Annual report of the Civil Veterinary Department, Bengal, for the year 1897-98 - 1897-1898
Year: 1897
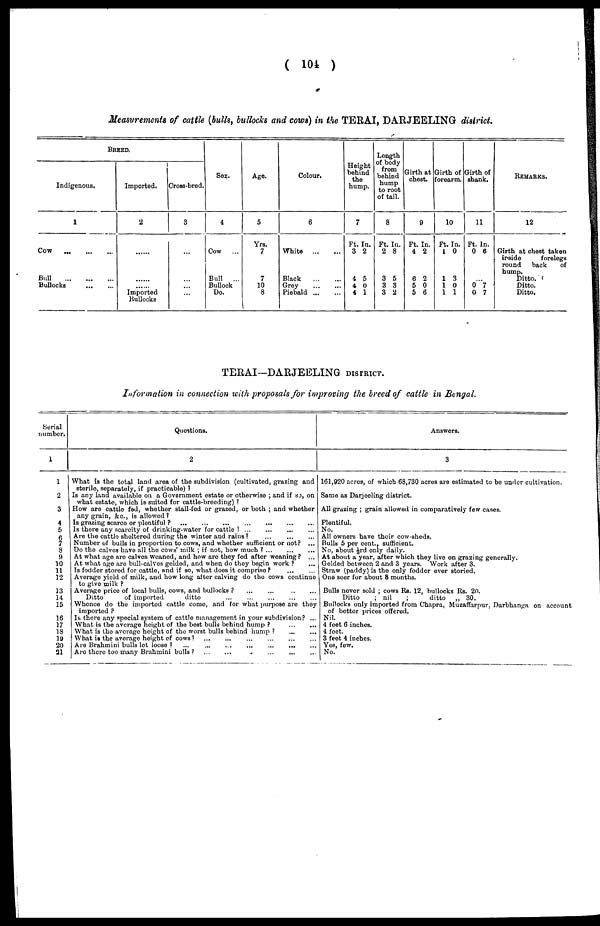
(104)
Measurements of cattle (bulls, hillocks and cows) in the TERAI, DARJEELING district.
BREED.
Indigenous,
1
Cow
...
...
...
Bull
...
...
...
Bullocks
...
...
Imported.
2
......
......
...... Imported
Bullocks
Cross-bred.
3
...
...
...
...
Sex.
4
Cow ...
Bull
...
Bullock
Do.
Age.
5
Yrs.
7
7
10
8
Colour.
6
White
...
...
Black
...
...
Grey ... ...
Piebald
...
...
Height
behind
the
hump.
7
Ft. In.
3 2
4 5
4 0
4 1
Length
of body
from
behind
hump
to root
of tail.
8
Ft. In.
2 8
3 5
3 3
3 2
Girth at
chest.
9
Ft. In.
4 2
6 2
5 0
5 6
Girth of
forearm.
10
Ft. In.
1 0
1 3
1 0
1 1
Girth of
shank.
11
Ft. In.
0 6
... 0 7
0 7
REMARKS.
12
Girth at chest taken
inside
forelegs
round
back
of
hump.
Ditto.
Ditto.
Ditto.
TERAI-DARJEELING DISTRICT.
Information in connection with proposals for improving the breed of cattle in Bengal.
Serial
number.
1
1
2
3
4
5
6
7
8
9
10
11
12
13
14
15
16
17
18
19
20
21
Questions.
2
What is the total land area of the subdivision (cultivated, grazing and
sterile, separately, if practicable)?
Is any land available on a Government estate or otherwise; and if so, on
what estate, which is suited for cattle-breeding)?
How are cattle fed, whether stall-fed or grazed, or both; and whether
any grain, &c., is allowed?
Is grazing scarce or plentiful?
...
...
...
...
...
...
Is there any scarcity of drinking-water for cattle? ... ... ... ...
Are the cattle sheltered during the winter and rains?
...
...
...
Number of bulls in proportion to cows, and whether sufficient or not? ...
Do the calves have all the cows' milk; if not, how much?
...
...
...
At what age are calves weaned, and how are they fed after weaning? ...
At what age are bull-calves gelded, and when do they begin work? ...
Is fodder stored for cattle, and if so, what does it comprise? ... ...
Average yield of milk, and how long after calving do the cows continue
to give milk?
Average price of local bulls, cows, and bullocks? ... ... ... ...
Ditto
of imported
ditto
...
...
...
...
...
Whence do the imported cattle come, and for what purpose are they
imported?
Is there any special system of cattle management in your subdivision? ...
What is the average height of the best bulls behind hump?
...
...
What is the average height of the worst bulls behind hump?
...
...
What is the average height of cows?
...
...
...
...
...
...
Are Brahmini bulls lot loose?
...
...
...
...
...
...
Are there too many Brahmini bulls? ... ... ... ... ... ...
Answers.
3
161,920 acres, of which 68,730 acres are estimated to be under cultivation.
Same as Darjeeling district.
All grazing; grain allowed in comparatively few cases.
Plentiful.
No.
All owners have their cow-sheds.
Bulls 5 per cent., sufficient.
No, about 1/3rd only daily.
At about a year, after which they live on grazing generally.
Gelded between 2 and 3 years. Work after 3.
Straw (paddy) is the only fodder ever storied.
One seer for about 8 months.
Bulls never sold; cows Rs. 12, bullocks Rs. 20.
Ditto; nil;
ditto
„ 30.
Bullocks only imported from Chapra, Muzaffarpur, Darbhanga on account
of bettor prices offered.
Nil.
4 feet 6 inches.
4 feet.
3 feet 4 inches.
Yes, few.
No.